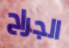
الجراح